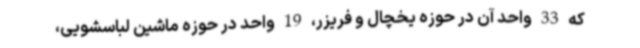
که 33 واحد آن در حوزه یخچال و فریزر، 19 واحد در حوزه ماشین لباسشویی،